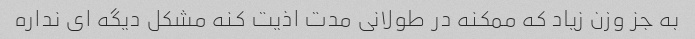
به جز وزن زیاد که ممکنه در طولانی مدت اذیت کنه مشکل دیگه ای نداره